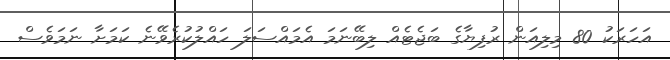
އަހަރަކު 80 މިލިއަން ރުފިޔާގެ ބަޖެޓެއް ލިބޭނަމަ އެމައްސަލަ ހައްލުކުރެވޭނެ ކަމަށާ ނަމަވެސް